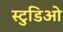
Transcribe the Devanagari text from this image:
स्टुडिओ